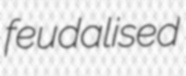
feudalised